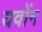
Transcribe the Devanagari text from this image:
यवोंन